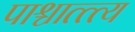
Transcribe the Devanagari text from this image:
पाश्चात्त्त्य